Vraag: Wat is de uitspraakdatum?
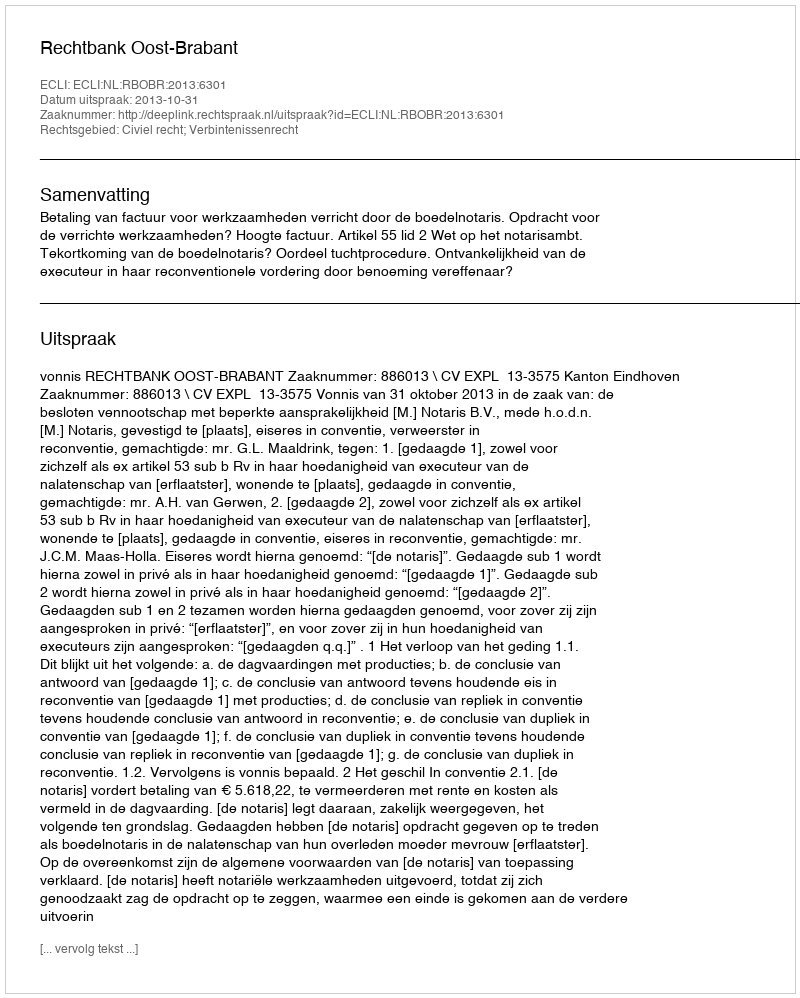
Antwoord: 2013-10-31